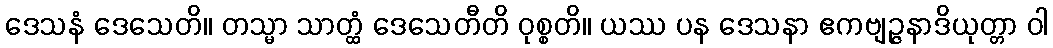
ဒေသနံ ဒေသေတိ။ တသ္မာ သာတ္ထံ ဒေသေတီတိ ဝုစ္စတိ။ ယဿ ပန ဒေသနာ ဧကဗျဉ္ဇနာဒိယုတ္တာ ဝါ